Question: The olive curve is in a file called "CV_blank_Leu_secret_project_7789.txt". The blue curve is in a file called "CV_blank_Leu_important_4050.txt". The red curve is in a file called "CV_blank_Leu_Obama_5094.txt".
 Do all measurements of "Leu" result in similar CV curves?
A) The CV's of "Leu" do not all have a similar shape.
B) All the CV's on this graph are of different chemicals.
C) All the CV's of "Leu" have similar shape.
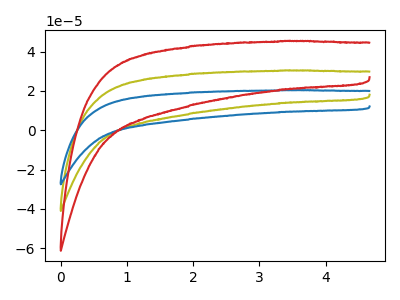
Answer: <think>The olive curve "Leu, blank1" has no peaks. The blue curve "Leu, blank2" has no peaks. The red curve "Leu, blank3" has no peaks.
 Neither "Leu, blank1" or "Leu, blank2" have any peaks. Neither "Leu, blank1" or "Leu, blank3" have any peaks. Neither "Leu, blank2" or "Leu, blank3" have any peaks.</think>
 <answer>C) All the CV's of "Leu" have similar shape.</answer>
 <eval>C</eval>